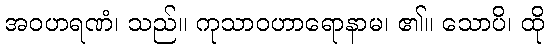
အဝဟရဏံ၊ သည်။ ကုသာဝဟာရောနာမ၊ ၏။ သောပိ၊ ထို